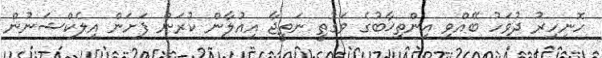
ހޮނިހިރު ދުވަހު ބޭއްވި އިންތިޚާބުގެ ވަގުތީ ނަތީޖާ އިއުލާން ކުރަން ފަށަން އިލެކްޝަނުން